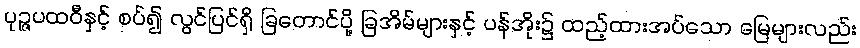
ပုဉ္ဇပထဝီနှင့် စပ်၍ လွင်ပြင်ရှိ ခြတောင်ပို့ ခြအိမ်များနှင့် ပန်အိုး၌ ထည့်ထားအပ်သော မြေများလည်း